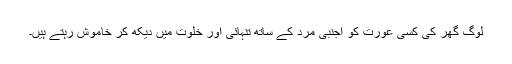
لوگ گھر کی کسی عورت کو اجنبی مرد کے ساتھ تنہائی اور خلوت میں دیکھ کر خاموش رہتے ہیں۔